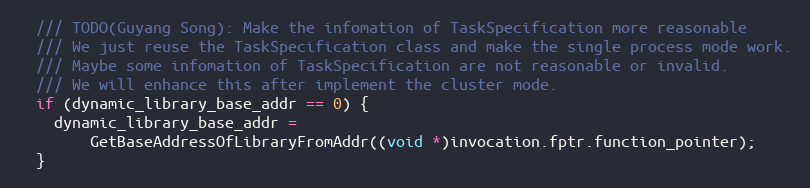
Language: C++
  /// TODO(Guyang Song): Make the infomation of TaskSpecification more reasonable
  /// We just reuse the TaskSpecification class and make the single process mode work.
  /// Maybe some infomation of TaskSpecification are not reasonable or invalid.
  /// We will enhance this after implement the cluster mode.
  if (dynamic_library_base_addr == 0) {
    dynamic_library_base_addr =
        GetBaseAddressOfLibraryFromAddr((void *)invocation.fptr.function_pointer);
  }